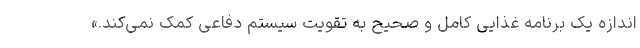
اندازه یک برنامه غذایی کامل و صحیح به تقویت سیستم دفاعی کمک نمی‌کند.»